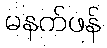
မနက်ဖန်